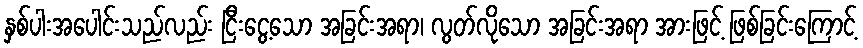
နှစ်ပါးအပေါင်းသည်လည်း ငြီးငွေ့သော အခြင်းအရာ၊ လွတ်လိုသော အခြင်းအရာ အားဖြင့် ဖြစ်ခြင်းကြောင့်